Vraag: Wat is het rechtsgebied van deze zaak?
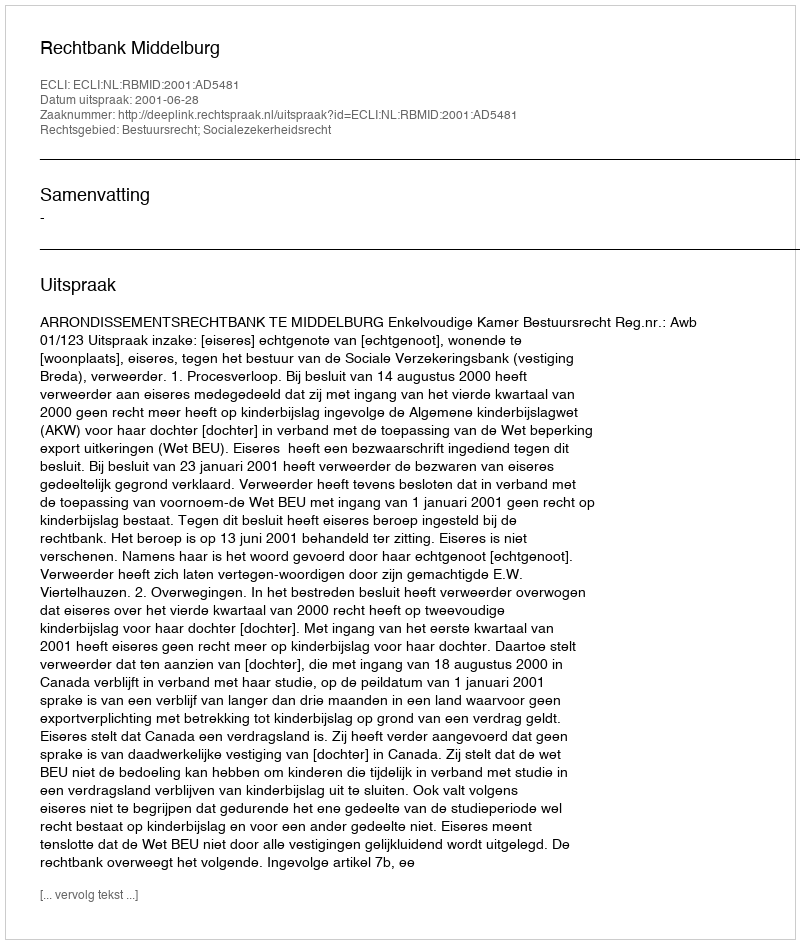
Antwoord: Bestuursrecht; Socialezekerheidsrecht